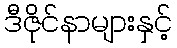
ဒီဇိုင်နာများနှင့်